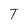
Character: T